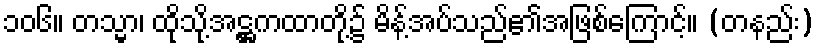
၁၀၆။ တသ္မာ၊ ထိုသို့အဋ္ဌကထာတို့၌ မိန့်အပ်သည်၏အဖြစ်ကြောင့်။ (တနည်း)